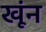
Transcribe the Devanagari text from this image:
खूंन